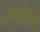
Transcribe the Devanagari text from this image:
आँबु